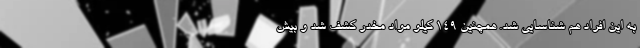
به این افراد هم شناسایی شد. همچنین ۱۴۹ کیلو مواد مخدر کشف شد و بیش